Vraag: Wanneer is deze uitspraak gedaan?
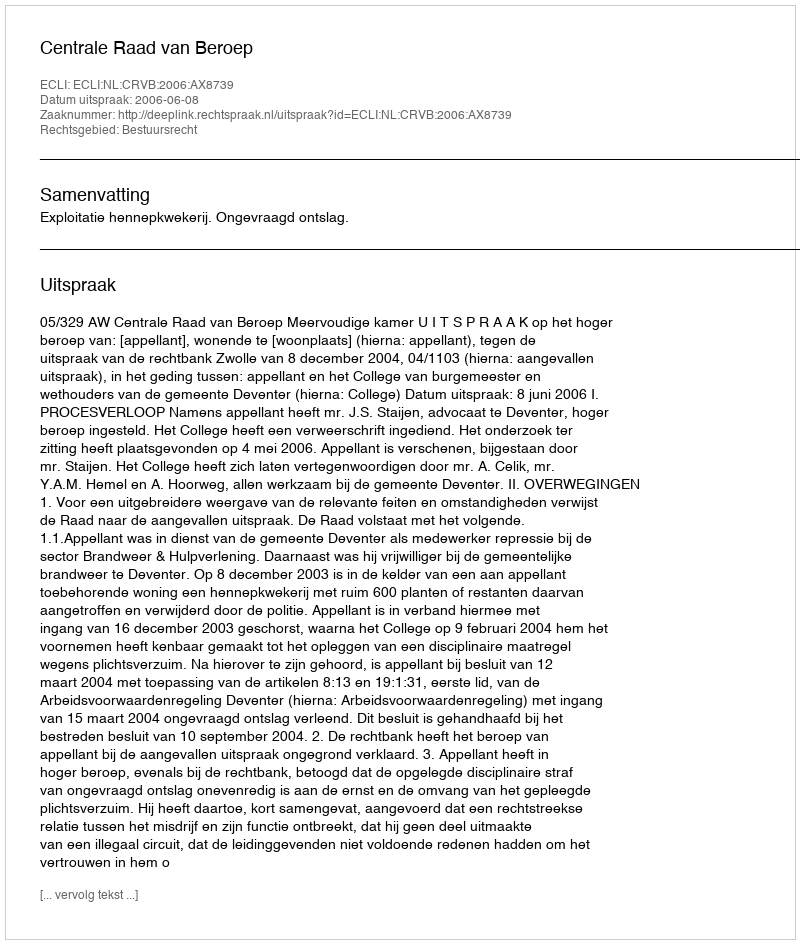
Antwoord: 2006-06-08